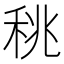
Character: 䄻